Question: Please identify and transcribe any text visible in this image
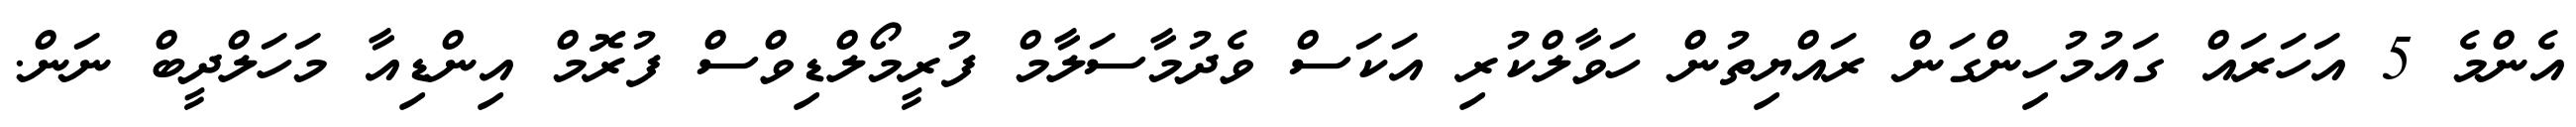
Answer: އެންމެ 5 އަހަރައް ގައުމުހިންގަން ރައްޔިތުން ހަވާލްކުރި އަކަސް ވެދުމާސަލާމް ފުރީމޯލްޑިވްސް ފުރޮމް އިންޑިއާ މަހަލްދީބް ނަން.